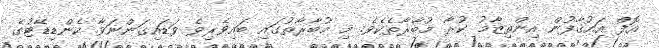
އޮފް އައުޤާފުން އިންތިޒާމު ކުރާ މުބާރާތެކެވެ. މި މުބާރާތުގައި ބައިވެރިވެ ވަޑައިގަންނަވާ ކެންޑިޑޭޓުގެ